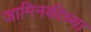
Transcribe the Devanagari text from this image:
जामिनकीच्या